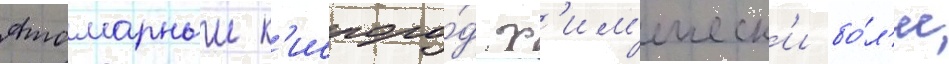
Атомарныи к'ислоро́д х'им'ическ'и бо́л'ее